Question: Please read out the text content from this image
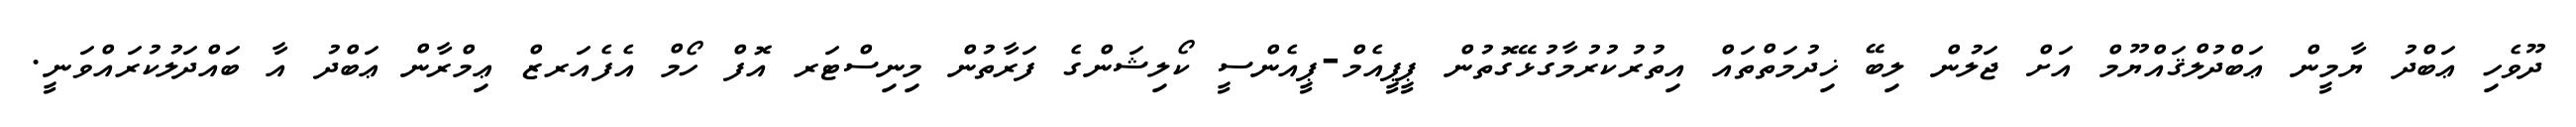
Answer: ދޫވެހި ޢަބްދު ޔާމީން ޢަބްދުލްޤައްޔޫމް އަށް ޖަލުން ލިބޭ ޚިދުމަތްތައް އިތުރުކުރުމާގުޅޭގޮތުން ޕީޕީއެމް-ޕީއެންސީ ކޯލިޝަންގެ ފަރާތުން މިނިސްޓަރ އޮފް ހޯމް އެފެއަރޒް ޢިމްރާން ޢަބްދު އާ ބައްދަލުކުރައްވަނީ.